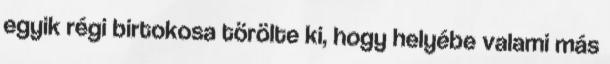
egyik régi birtokosa törölte ki, hogy helyébe valami más